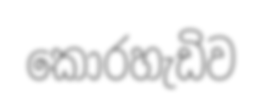
කොරහැඩිව